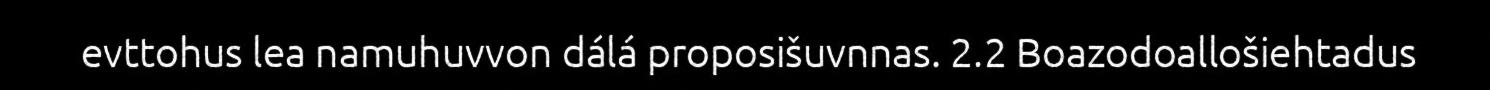
evttohus lea namuhuvvon dálá proposišuvnnas. 2.2 Boazodoallošiehtadus